Leprosy in India: report of the Leprosy Commission in India, 1890-91
Year: 1890
Disease focus: Leprosy
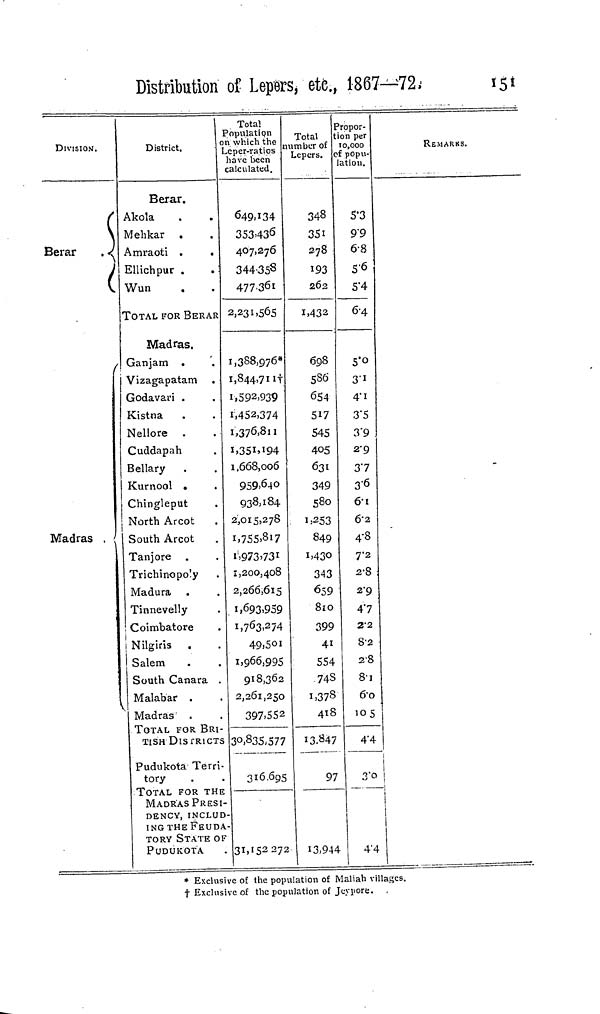
Distribution of Lepers, etc., 1867—72.-
151
DIVISION.
c
Berar
(
Madras ,
District.
Berar.
Akola
Mehkar .
Amraoti .
.
Ellichpur .
.
Wun
TOTAL FOR BERAR
Madras.
Ganjam .
Vizagapatam ,
Godavari .
Kistna
Nellore
Cuddapah
Bellary
.
Kurnool •
.
Chingleput
North Arcot
South Arcot
Tanjore .
Trichinopo'y
Madura
Tinnevelly
Coimbatore
Nilgiris
Salem
South Canara .
Malabar .
Madras
TOTAL FOR BRI-
TISH DISTRICTS
Pudukota Terri-
tory
TOTAL FOR THE
MADRAS PRESI-
DENCY, INCLUD-
ING THE FEUDA-
TORY STATE OF
PUDUKOTA
Total
Population
n which the
Leper-ratios
have been
calculated.
649,134
353,436
407,276
344,358
477,361
2,231,565
1,388,976*
1,844,711†
1,592,939
1,452,374
1,376,811
1,351,194
1,668,006
959,640
938,184
2,015,278
1,755,817
1,973,731
1,200,408
2,266,615
1,693,959
1,763,274
49,501
1,966,995
918,362
2,261,250
397.552
30,835,577
316.695
31,152 272
Total
umber of
Lepers.
348
351
278
193
262
1,432
698
586
654
517
545
405
631
349
580
1,253
849
1,430
343
659
810
399
41
554
748
1,378
418
13.847
97
13,944
Propor-
tion per
10,000
of popu-
lation.
5.3
99
6.8
5.4
6.4
5.0
3.1
4.1
3.5
3.9
2.9
37
3.6
6.1
6.2
4.8
7.2
2.8
2.9
4.7
2.2
8.2
2.8
8
6.1
105
4.4
3.0
4.4
REMARKS.
i
!
i
* Exclusive of the population of Maliah villages.
† Exclusive of the population of Jeypore.